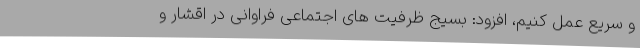
و سریع عمل کنیم، افزود: بسیج ظرفیت های اجتماعی فراوانی در اقشار و